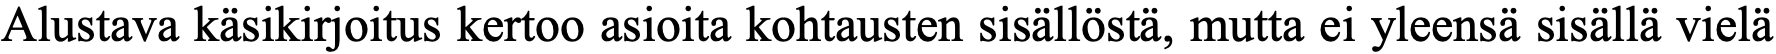
Alustava käsikirjoitus kertoo asioita kohtausten sisällöstä, mutta ei yleensä sisällä vielä